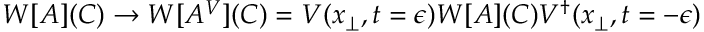
W [ A ] ( C ) \rightarrow W [ A ^ { V } ] ( C ) = V ( x _ { \perp } , t = \epsilon ) W [ A ] ( C ) V ^ { \dagger } ( x _ { \perp } , t = - \epsilon )